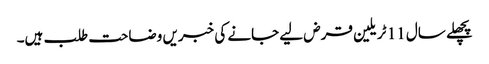
پچھلے سال 11 ٹریلین قرض لیے جانے کی خبریں وضاحت طلب ہیں۔